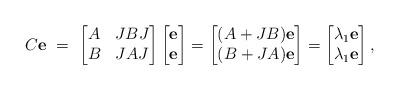
LaTeX: \begin{align*}C{\bf e} \ = \ \begin{bmatrix}A & JBJ \\B & JAJ\end{bmatrix}\begin{bmatrix} {\bf e} \\ {\bf e} \end{bmatrix} = \begin{bmatrix}(A+JB){\bf e} \\(B+JA){\bf e}\end{bmatrix}= \begin{bmatrix} \lambda_{1}{\bf e} \\ \lambda_{1}{\bf e} \end{bmatrix},\end{align*}